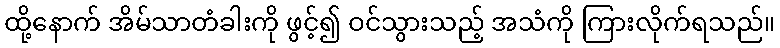
ထို့နောက် အိမ်သာတံခါးကို ဖွင့်၍ ဝင်သွားသည့် အသံကို ကြားလိုက်ရသည်။